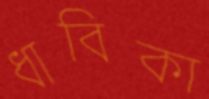
ধাবিকা